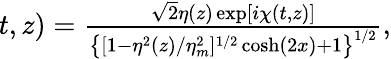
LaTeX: \begin{array}{r}{\! \! \! \! \! \! \! \! \! \psi_{s}(t,z)=\frac{\sqrt{2}\eta(z)\exp[i\chi(t,z)]}{\left\{ [1-\eta^{2}(z)/\eta_{m}^{2}]^{1/2}\cosh(2x)+1\right\} ^{1/2}},}\end{array}